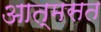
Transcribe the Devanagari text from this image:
आत्मसत